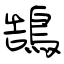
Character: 鵠